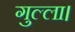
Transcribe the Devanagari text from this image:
गुल्ला।